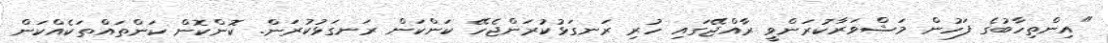
"އިންތިހާބުގެ ފަހުން މަޝްވަރާކުރަންވީ ރާއްޖޭގައި ހުރި ރަނގަޅުކުރަންޖެހޭ ކަންކަން ރަނގަޅުކުރަން. ކޮންކޮން ކަންތައްތަކެއްކަން